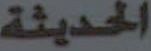
الحديثة